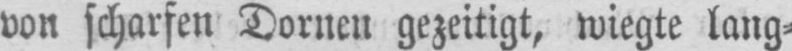
von scharfen Dornen gezeitigt, wiegte lang⸗